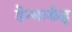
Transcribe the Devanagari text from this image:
डेन्मार्कहृ